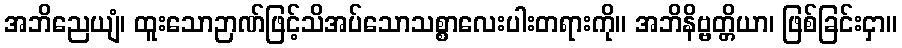
အဘိညေယျံ၊ ထူးသောဉာဏ်ဖြင့်သိအပ်သောသစ္စာလေးပါးတရားကို။ အဘိနိဗ္ဗတ္တိယာ၊ ဖြစ်ခြင်းငှာ။